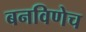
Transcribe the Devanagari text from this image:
बनविणेच